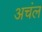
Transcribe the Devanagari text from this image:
अचंल